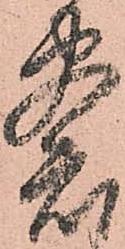
察